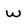
Character: W